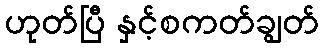
ဟုတ်ပြီ နှင့်စကတ်ချွတ်